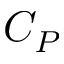
C _ { P }